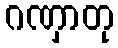
ဂဏှာတု